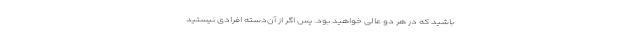
باشید که در هر دو عالی خواهید بود. پس اگر از آن‌دسته افرادی نیستید